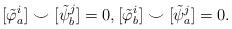
LaTeX: \begin{align*}[\tilde{\varphi}_a^i]\smile[\tilde{\psi}_b^j] = 0, [\tilde{\varphi}_b^i]\smile[\tilde{\psi}_a^j] = 0.\end{align*}